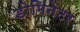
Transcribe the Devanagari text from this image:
डोमिनेटर